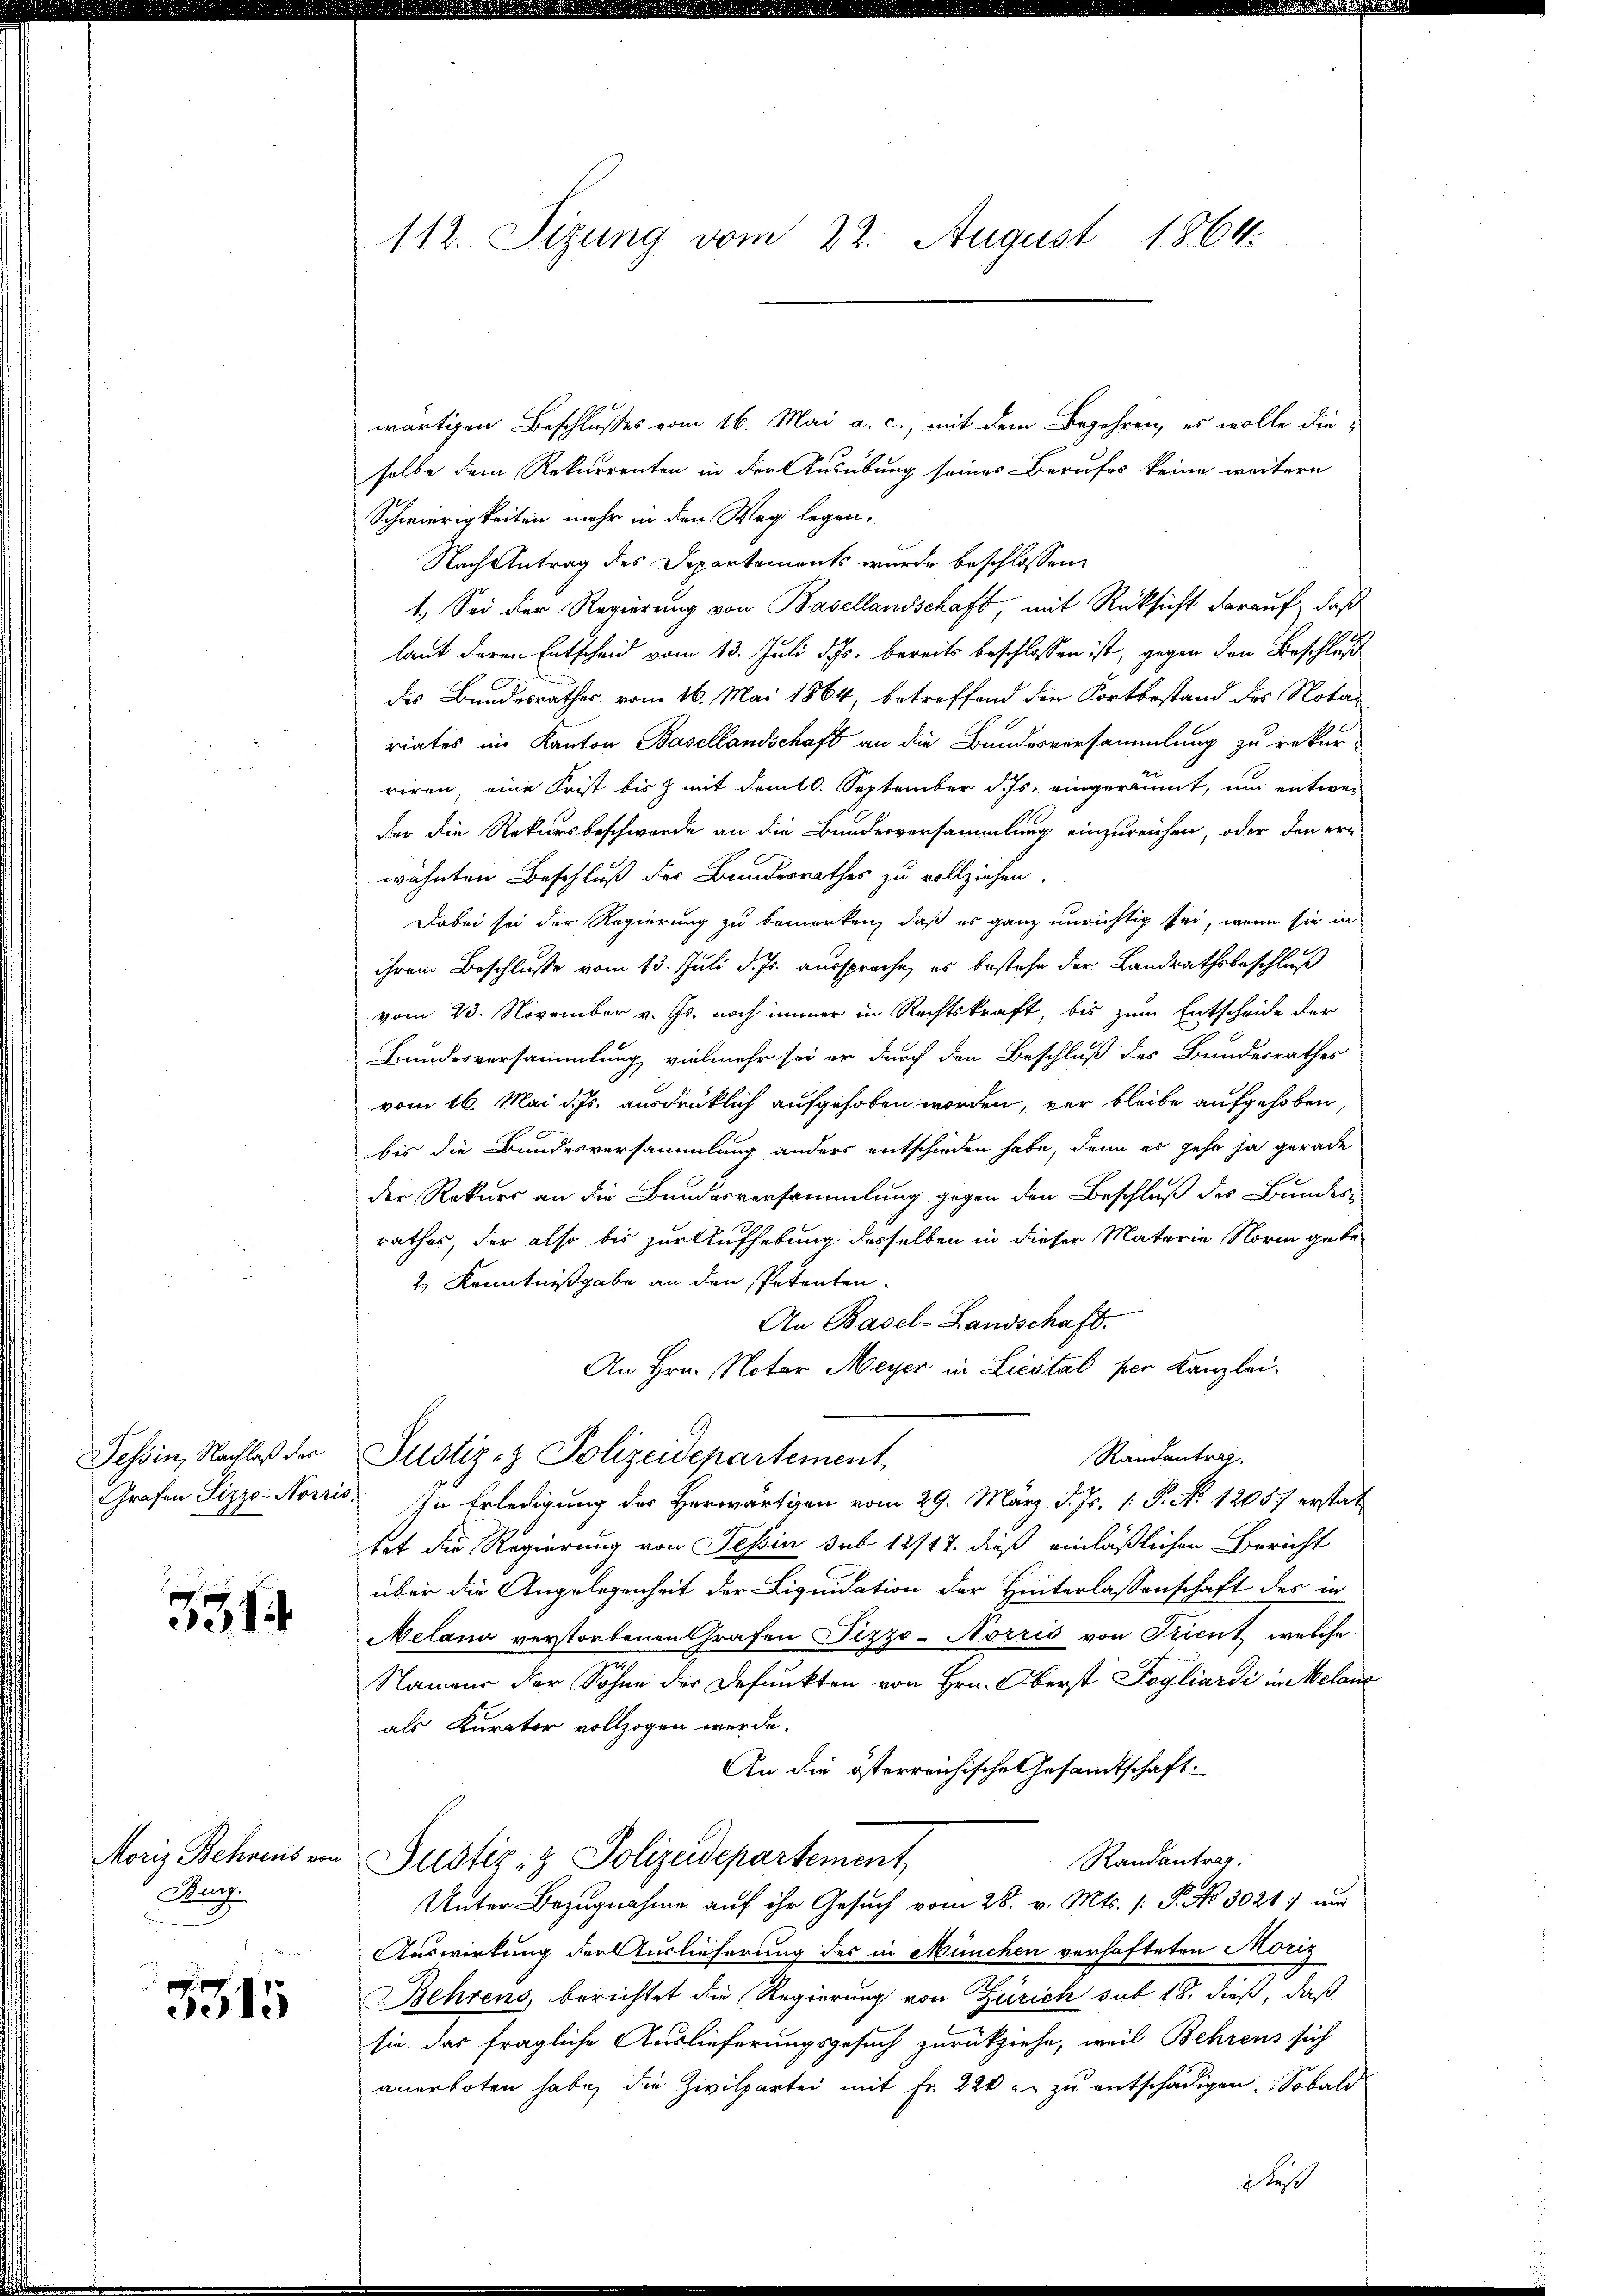
Tessin, Nachlaß der

351

Moriz Behrens von
Aarg

3
5315

112. Sizung vom 22. August 1864.

wärtigen Beschlusses vom 16. Mai a. c., mit dem Begehren, es wolle die-
selbe dem Rekurrenten in der Ausübung seines Berufes keine weitern
Schwierigkeiten mehr in den Weg legen.
Nach Antrag des Departements wurde beschlossen:
1.) Sei der Regierung von Basellandschaft, mit Rücksicht darauf, daß
laut deren Entscheid vom 13. Juli d. Js. bereits beschlossen ist, gegen den Beschluß
des Bundesrathes vom 16. Mai 1864, betreffend die Fortbestand des Notariates im Kanton Basellandschaft an die Bundesversammlung zu rekurriren, eine Frist bis 3 mit dem 10. September d. Js. eingeräumt, um entwer
der die Rekursbeschwerde an die Bundesversammlung einzureichen, oder den er-
wähnten Beschluß der Bundesrathes zu vollziehen.
Dabei sei der Regierung zu bemerken, daß es ganz unrichtig sei, wenn sie in
ihrem Beschluße vom 13. Juli d. Js. ausspreche, es bestehe der Landrathsbeschluß
vom 23. November v. Js. noch immer in Rechtskraft, bis zum Entscheide der
Bundesversammlung, vielmehr sei er durch den Beschluß des Bundesrathes
vom 16. Mai d. Js. ausdrücklich aufgehoben worden, par bleibe aufgehoben,
bis die Bundesversammlung anders entschieden habe, denn es gehe ja gerade
der Rekurs an die Bundesversammlung gegen den Beschluß des Bundes-
rathes, der also bis zur Aufhebung desselben in dieser Materie Norm gebe¬
2 Kenntnißgabe an den Petenten.
An Basel-Landschaft.
An Hrn. Notar Meyer in Liestal per Kanzlei.
Randantrag,
Justiz- & Polizeidepartement,
Grafen Sizzo-Norris. In Erledigung der Herwärtigen vom 29. März d. Js. 1. P. No 12057 erstat
tet die Regierung von Tessin sub 12/17 dieß einläßlichen Bericht
über die Angelegenheit der Liquidation der Hinterlassenschaft des in
Melana verstorbenen Grafen Pizzo-Norris von Trient, welche
Namens der Sohne der Defunkten von Hrn. Oberst Pogliardi in Melanz
als Kurator vollzogen werde.
An die österreichische Gesandtschaft:
Randantrag.
Justiz- & Polizeidepartement
Unter Bezugnahme auf ihr Gesuch vom 28. v. Mts. /: P. No 3021) und
Auswirkung der Auslieferung des in München verhafteten Moriz
Behrens, berichtet die Regierung von Zürich sub 18. dieß, daß
sie das fragliche Auslieferungsgesuch zurückziehe, weil Behrens sich
anerboten habe, die Zivilpertei mit Fr. 220 u. zu entschädigen. Sobald